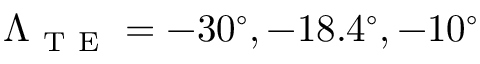
\Lambda _ { \mathrm { ~ T ~ E ~ } } = - 3 0 ^ { \circ } , - 1 8 . 4 ^ { \circ } , - 1 0 ^ { \circ }